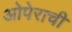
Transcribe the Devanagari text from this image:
ओपेराची